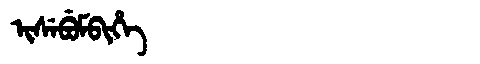
Manchu: ᡳᠰᡝᠪᡠᠮᠪᡳᡥᡝ
Romanization: ISEBUMBIHE